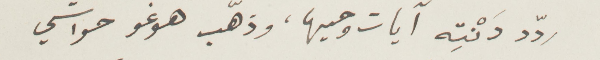
ردَّد دَنْتِه آيات وحيها، وذهّب هوغو حواشي